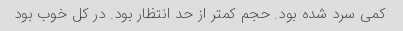
کمی سرد شده بود. حجم کمتر از حد انتظار بود. در کل خوب بود